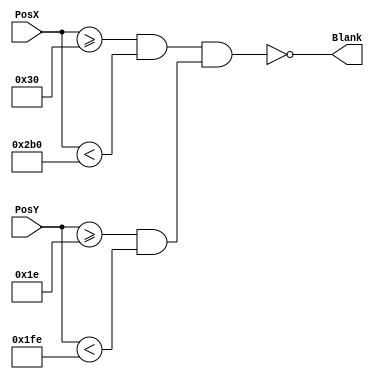
`timescale 1ns / 1ps
//////////////////////////////////////////////////////////////////////////////////
// Company: 
// Engineer: 
// 
// Design Name: 
// Module Name:    generadorBlank 
// Project Name: 
// Target Devices: 
// Tool versions: 
// Description: 
//
// Dependencies: 
//
// Revision: 
// Revision 0.01 - File Created
// Additional Comments: 
//
//////////////////////////////////////////////////////////////////////////////////
module generadorBlank(
	input wire [9:0] PosY,
	input wire [9:0] PosX,
	output Blank
    );


	assign Blank = !((PosX >= 48  && PosX < 688) && (PosY >= 30 && PosY < 510));


endmodule